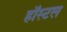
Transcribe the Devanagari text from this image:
हॉस्‍टल